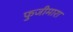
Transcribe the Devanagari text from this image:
फुजीमारा